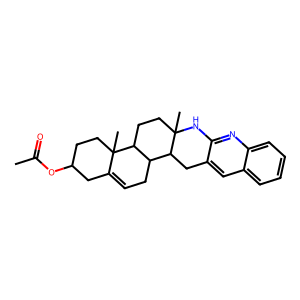
SMILES: CC(=O)OC1CCC2(C)C(=CCC3C4Cc5cc6ccccc6nc5NC4(C)CCC32)C1
Inhibits HIV replication: No